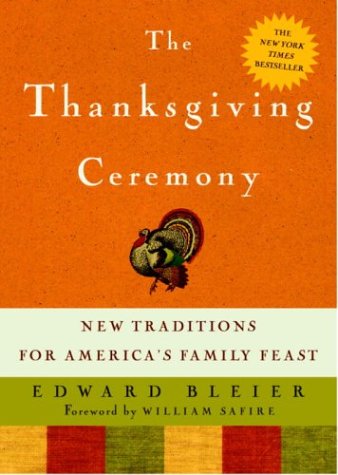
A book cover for The Thanksgiving Ceremony: New Traditions for America's Family Feast; Edward Bleier; Cookbooks, Food & Wine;